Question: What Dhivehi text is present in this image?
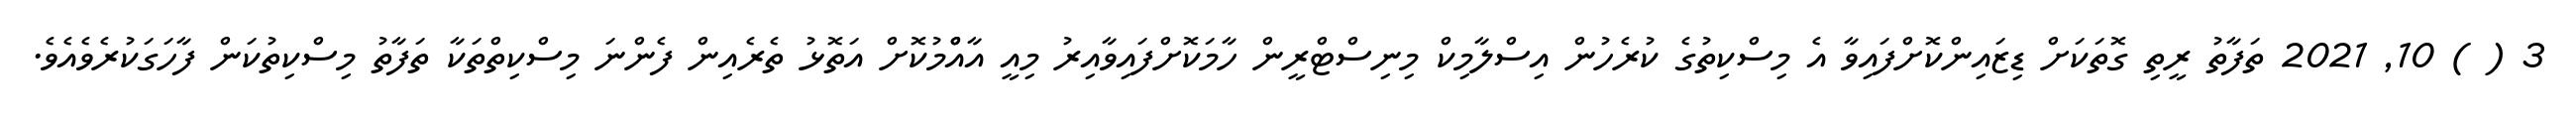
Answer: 3 ( ) 10, 2021 ތަފާތު ރީތި ގޮތަކަށް ޑިޒައިންކޮށްފައިވާ އެ މިސްކިތުގެ ކުރެހުން އިސްލާމިކް މިނިސްޓްރީން ހާމަކޮށްފައިވާއިރު މިއީ އާއްްމުކޮށް އަތޮޅު ތެރެއިން ފެންނަ މިސްކިތްތަކާ ތަފާތު މިސްކިތުކަން ފާހަގަކުރެވެއެވެ.